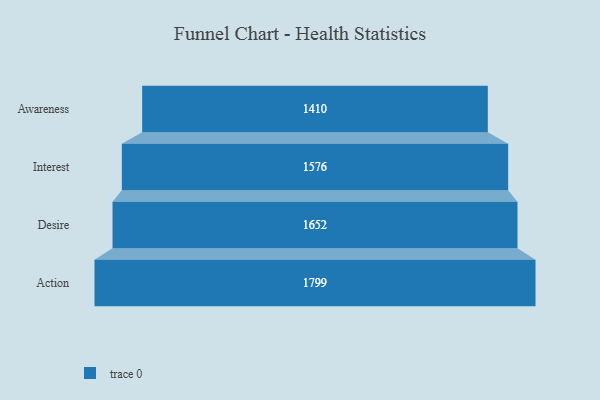
{"axis": {"x": "Stage", "y": "Value"}, "legend": [""], "data": [{"x": "Awareness", "y": 1410.0, "type": ""}, {"x": "Interest", "y": 1576.0, "type": ""}, {"x": "Desire", "y": 1652.0, "type": ""}, {"x": "Action", "y": 1799.0, "type": ""}]}